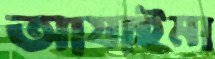
আযাইমা